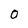
Character: 0